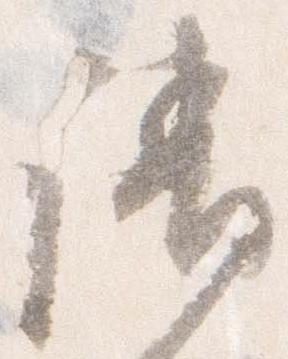
請